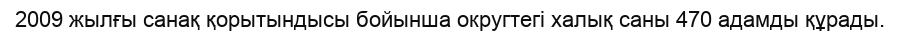
2009 жылғы санақ қорытындысы бойынша округтегі халық саны 470 адамды құрады.